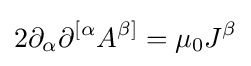
2\partial _{\alpha }\partial ^{[\alpha }A^{\beta ]}=\mu _{0}J^{\beta }